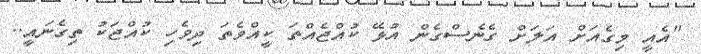
"އެއީ މިގެއަށް އަލަށް ގެނެސްގެން އުޅޭ ކުއްޖެއްތަ ކީއްވެތަ ދިވެހި ކުއްޖަކު ތިގެނައީ..